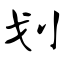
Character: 划